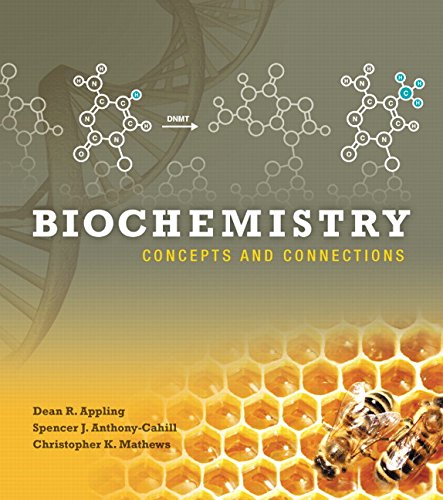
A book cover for Biochemistry: Concepts and Connections; Dean R. Appling; Engineering & Transportation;